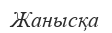
Жанысқа